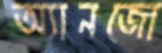
অ্যানজো